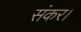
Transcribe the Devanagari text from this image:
संकर।